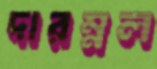
দারম্নল